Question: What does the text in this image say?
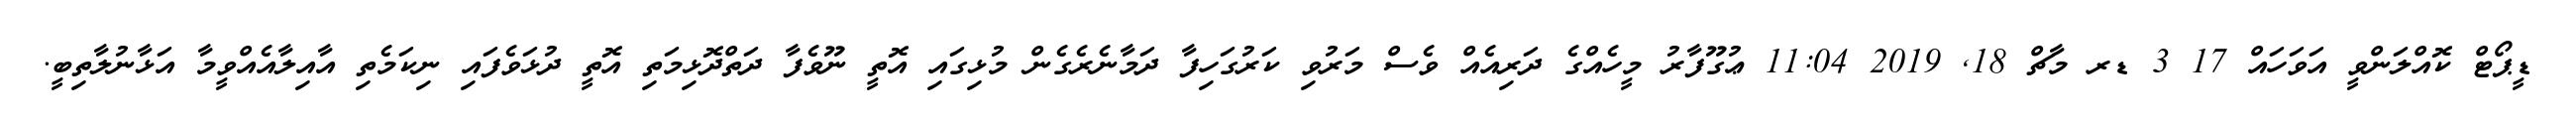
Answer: ޑީޕޯޓް ކޮއްލަންވީ އަވަހައް 17 3 ޑރ މާޗް 18, 2019 11:04 ޢުގޫފާރު މީހެއްގެ ދަރިއެއް ވެސް މަރުވި ކަރުގަހިފާ ދަމާނެރެގެން މުޅިގައި އޮތީ ނޫވެފާ ދަތްދޮޅިމަތި އޮތީ ދުޅަވެފައި ނިކަމެތި އާއިލާއެއްވީމާ އަޅާނުލާތިބީ.